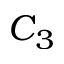
C _ { 3 }